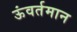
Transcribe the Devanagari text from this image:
ऊंवर्तमान